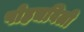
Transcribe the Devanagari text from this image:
पोहचविली